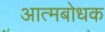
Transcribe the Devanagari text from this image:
आत्मबोधक